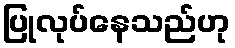
ပြုလုပ်နေသည်ဟု